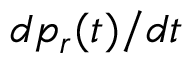
d p _ { r } ( t ) / d t